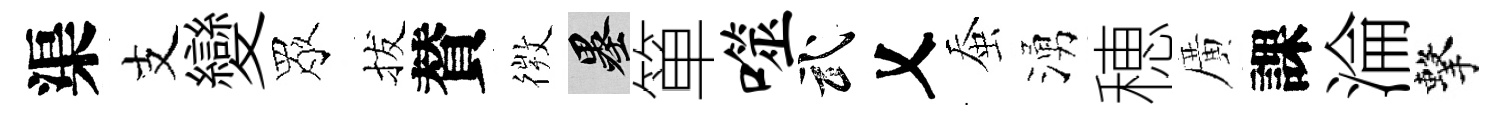
渠支變眾拔賛𢕄墨箪噬武乂蚕湧穂廣課淪擊